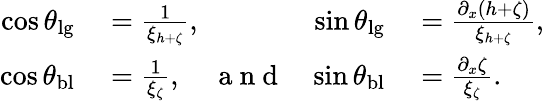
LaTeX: \begin{array}{rlrl}{\cos\theta_{\mathrm{lg}}}&{{}=\frac{1}{\xi_{h+\zeta}},}&{\sin\theta_{\mathrm{lg}}}&{{}=\frac{\partial_{x}(h+\zeta)}{\xi_{h+\zeta}},}\\ {\cos\theta_{\mathrm{bl}}}&{{}=\frac{1}{\xi_{\zeta}},\quad\mathrm{~a~n~d~}}&{\sin\theta_{\mathrm{bl}}}&{{}=\frac{\partial_{x}\zeta}{\xi_{\zeta}}.}\end{array}